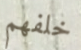
خلفهم